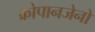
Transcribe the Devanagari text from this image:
क्रोपानजेनो